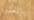
بالعبور